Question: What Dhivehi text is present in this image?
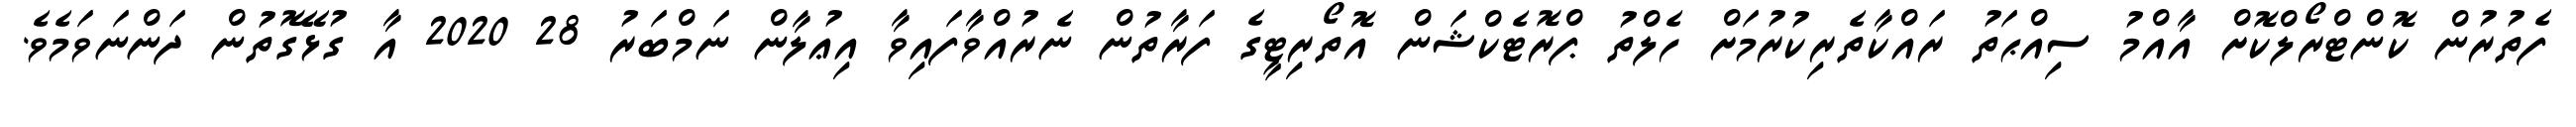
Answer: ފެތުރުން ކޮންޓްރޯލްކޮށް އާއްމު ސިއްޙަތު ރައްކާތެރިކުރުމަށް ހެލްތު ޕްރޮޓެކްޝަން އޮތޯރިޓީގެ ފަރާތުން ނެރުއްވާފައިވާ އިޢުލާން ނަމްބަރު 28 2020 އާ ގުޅޭގޮތުން ދަންނަވަމެވެ.